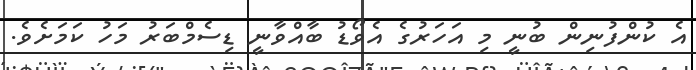
އެ ކުންފުނިން ބުނީ މި އަހަރުގެ އެވޯޑު ބާއްވާނީ ޑިސެމްބަރު މަހު ކަމަށެވެ.